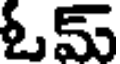
ఓమ్